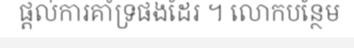
ផ្តល់ការគាំទ្រផងដែរ ។ លោកបន្ថែម